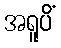
အရူပိံ